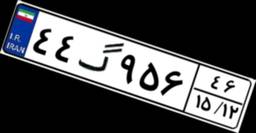
۵۲گ۲۶۷۸۱